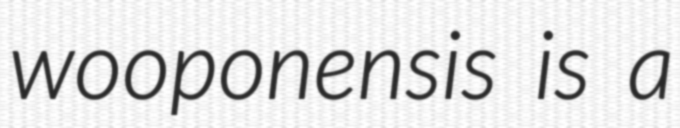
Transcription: wooponensis is a